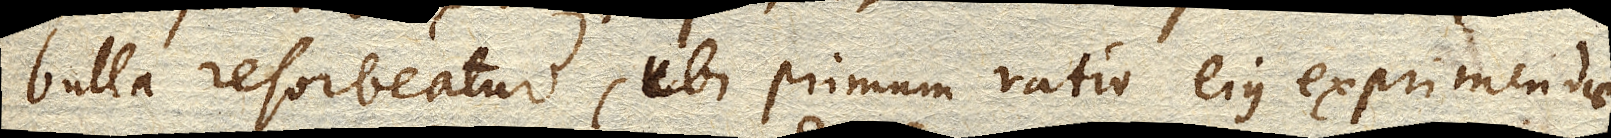
bulla resorbeatur, ubi primum ratio ejus exprimendae